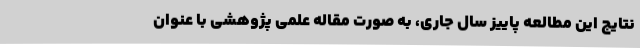
نتایج این مطالعه پاییز سال جاری، به صورت مقاله علمی پژوهشی با عنوان